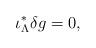
LaTeX: \begin{align*}\iota_\Lambda^*\delta g=0,\end{align*}